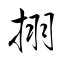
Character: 挧